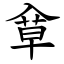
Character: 䓥